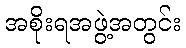
အစိုးရအဖွဲ့အတွင်း